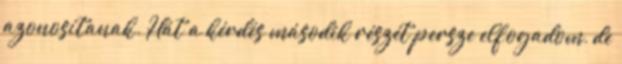
azonosítanak. Hát a kérdés második részét persze elfogadom, de